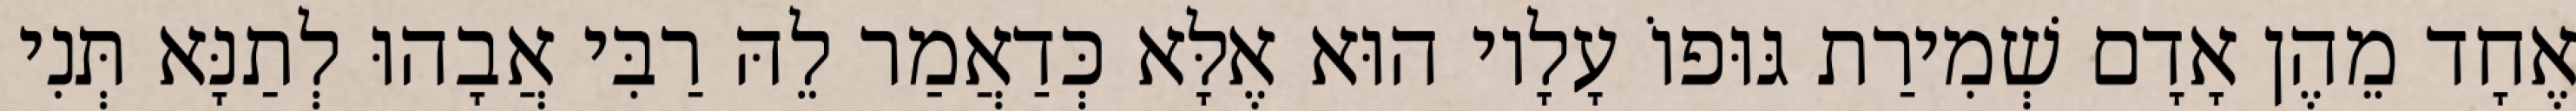
אֶחָד מֵהֶן אָדָם שְׁמִירַת גּוּפוֹ עָלָיו הוּא אֶלָּא כְּדַאֲמַר לֵהּ רַבִּי אֲבָהוּ לְתַנָּא תְּנִי